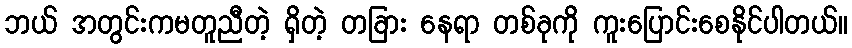
ဘယ် အတွင်းကမတူညီတဲ့ ရှိတဲ့ တခြား နေရာ တစ်ခုကို ကူးပြောင်းစေနိုင်ပါတယ်။